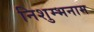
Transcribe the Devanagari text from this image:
निशुम्भनाम